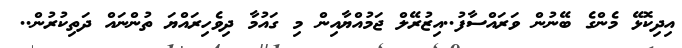
އިދިކޮޅޭ މެންގެ ބޭނުން ވަރައްސާފު..އިޒުރޭލް ޖަމުއްޔާއިން މި ގައުމާ ދިވެހިރައްޔަ ތުންނައް ދަތިކުރުން..